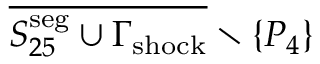
\overline { { S _ { 2 5 } ^ { \mathrm { s e g } } \cup \Gamma _ { \mathrm { { s h o c k } } } } } \setminus { \{ P _ { 4 } \} }